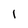
Character: 1